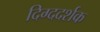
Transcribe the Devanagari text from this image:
दिग्ददर्शक